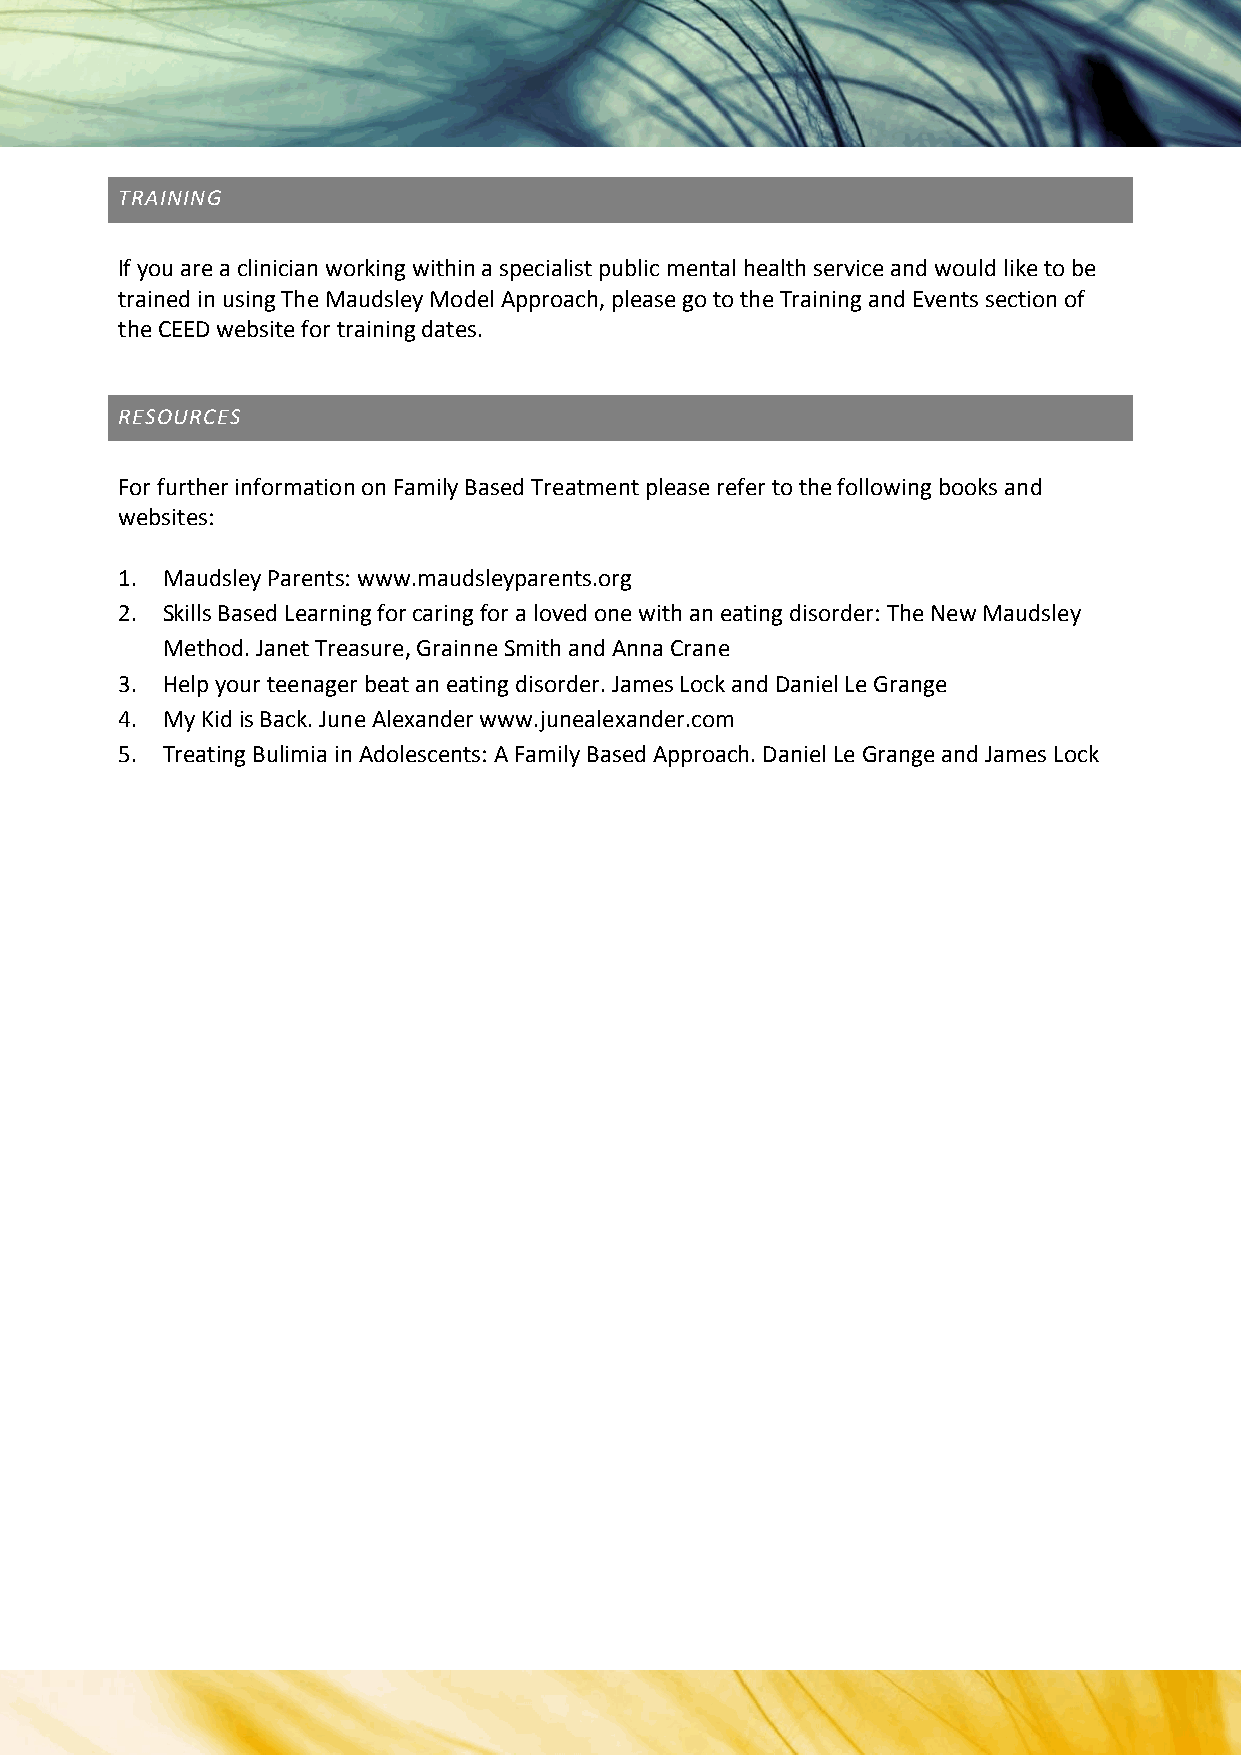
TRAINING
 If you are a clinician working within a specialist public mental health service and would like to be
 trained in using The Maudsley Model Approach, please go to the Training and Events section of
 the CEED website for training dates.
 RESOURCES
 For further information on Family Based Treatment please refer to the following books and
 websites:
 1. Maudsley Parents: www.maudsleyparents.org
 2. Skills Based Learning for caring for a loved one with an eating disorder: The New Maudsley
 Method. Janet Treasure, Grainne Smith and Anna Crane
 3. Help your teenager beat an eating disorder. James Lock and Daniel Le Grange
 4. My Kid is Back. June Alexander www.junealexander.com
 5. Treating Bulimia in Adolescents: A Family Based Approach. Daniel Le Grange and James Lock